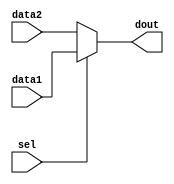

module mux(data1,data2,sel,dout
    );
	input [31:0]data1;
	input [31:0]data2;
	input sel;
	output [31:0]dout;
	
	assign dout = sel ? data1 : data2 ;

endmodule